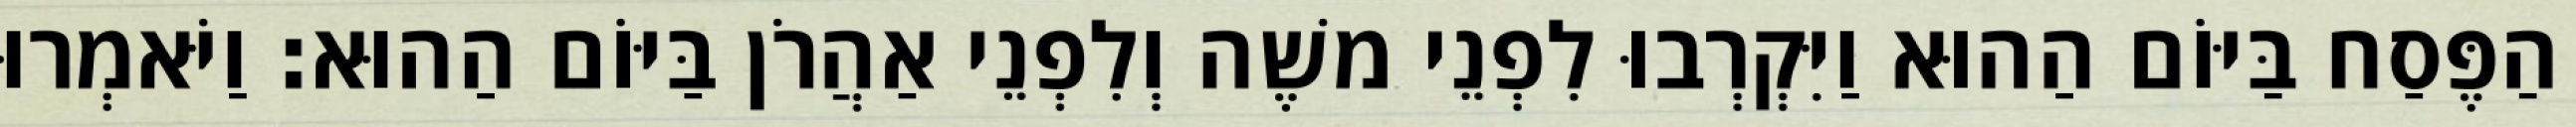
הַפֶּסַח בַּיּוֹם הַהוּא וַיִּקְרְבוּ לִפְנֵי משֶׁה וְלִפְנֵי אַהֲרֹן בַּיּוֹם הַהוּא׃ וַיֹּאמְרוּ